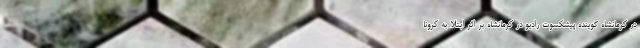
در کرمانشاه گوینده پیشکسوت رادیو در کرمانشاه بر اثر ابتلا به کرونا